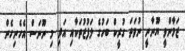
ޒަމާންވީ ޔޫނާނީ ނުވަތަ ގުރީކް ބަހުގެ ލަފުޒުތަކާއި އަދި މި ނޫނަސް އެހެނިހެން